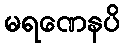
မရဏေနပိ